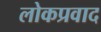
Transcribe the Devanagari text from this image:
लोकप्रवाद